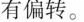
有偏转。